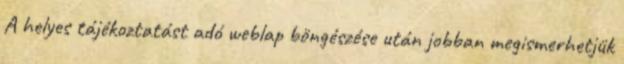
A helyes tájékoztatást adó weblap böngészése után jobban megismerhetjük